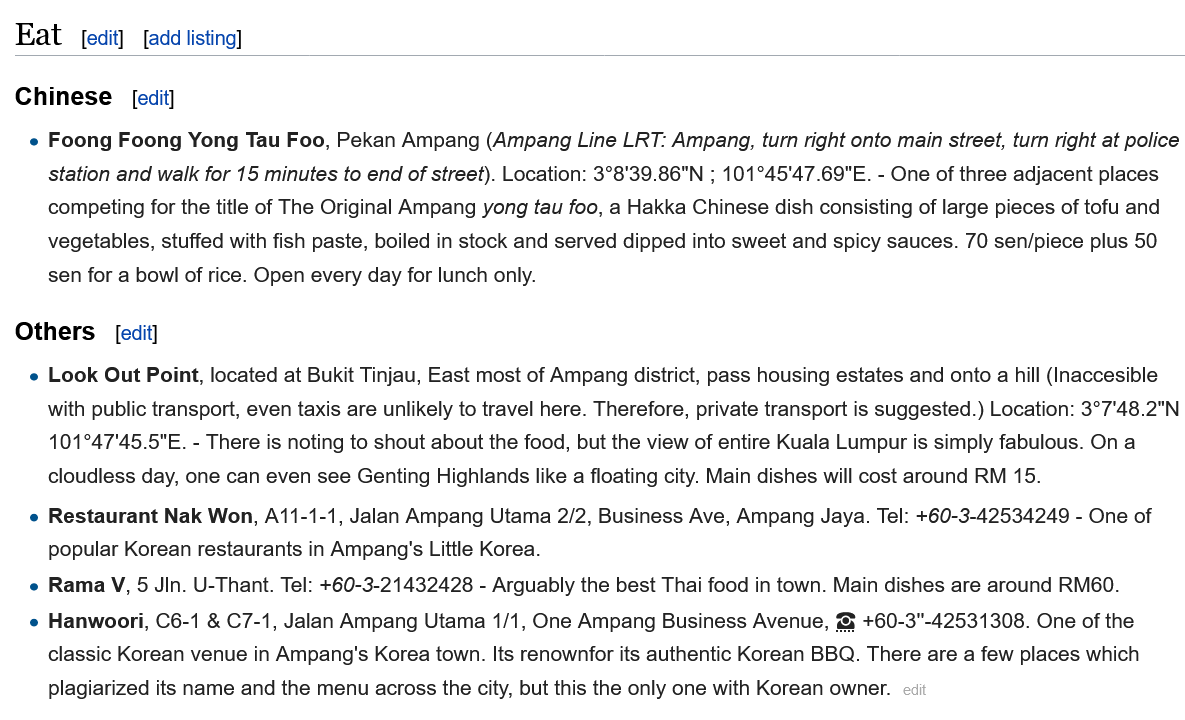
Eat    [edit] [add listing]
  Chinese    [edit]
   e Foong  Foong  Yong Tau  Foo, Pekan Ampang  (Ampang  Line LRT: Ampang, turn right onto main street, turn right at police
     station and walk for 15 minutes to end of street). Location: 3°8'39.86"N ; 101°45'47.69"E.
     -
     One of three adjacent places
     competing for the title of The Original Ampang yong tau foo, a Hakka Chinese dish consisting of large pieces of tofu and
     vegetables, stuffed with fish paste, boiled in stock and served dipped into sweet and spicy sauces. 70 sen/piece plus 50
     sen for a bowl of rice. Open every day for lunch only.
     [edit] Others
   e Restaurant  Nak Won, A11-1-1, Jalan Ampang  Utama 2/2, Business Ave, Ampang Jaya. Tel: +60-3-42534249
     -
     One  of
     popular Korean restaurants in Ampang's Little Korea.
   e Look  Out Point, located at Bukit Tinjau, East most of Ampang district, pass housing estates and onto
   a
     hill (Inaccesible
     with public transport, even taxis are unlikely to travel here. Therefore, private transport is suggested.) Location: 3°7'48.2"N
     101°47'45.5"E.
     -
     There is noting to shout about the food, but the view of entire Kuala Lumpur is simply fabulous. On a
     cloudless day, one can even see Genting Highlands like a floating city. Main dishes will cost around RM 15.
   e Rama  V, 5 Jin. U-Thant. Tel: +60-3-21432428
     - Arguably the best Thai food in town. Main dishes are around RM60.
   e Hanwoori,  C6-1 & C7-1, Jalan Ampang Utama  1/1, One Ampang  Business Avenue, & +60-3"-42531308. One of the
     classic Korean venue in Ampang's Korea town. Its renownfor its authentic Korean BBQ. There are a few places which
     plagiarized its name and the menu across the city, but this the only one with Korean owner.